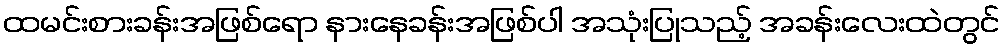
ထမင်းစားခန်းအဖြစ်ရော နားနေခန်းအဖြစ်ပါ အသုံးပြုသည့် အခန်းလေးထဲတွင်